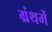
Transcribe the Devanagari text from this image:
ग्रंथमें